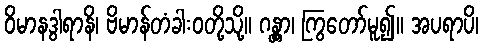
ဝိမာနဒွါရာနိ၊ ဗိမာန်တံခါးဝတို့သို့။ ဂန္တွာ၊ ကြွတော်မူ၍။ အပရာပိ၊